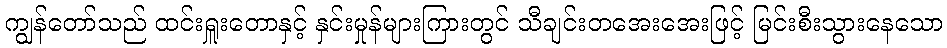
ကျွန်တော်သည် ထင်းရှူးတောနှင့် နှင်းမှုန်များကြားတွင် သီချင်းတအေးအေးဖြင့် မြင်းစီးသွားနေသော